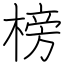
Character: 榜